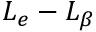
L _ { e } - L _ { \beta }